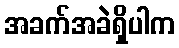
အခက်အခဲရှိပါက